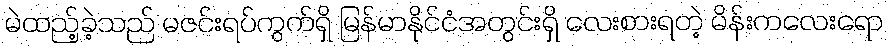
မဲထည့်ခဲ့သည် မဇင်းရပ်ကွက်ရှိ မြန်မာနိုင်ငံအတွင်းရှိ လေးစားရတဲ့ မိန်းကလေးရော